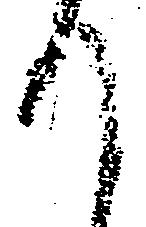
て